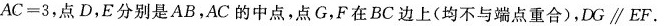
$$A C = 3$$，点D，E分别是AB，AC的中点，点G，F在BC边上(均不与端点重合)，DG \parallel EF.